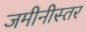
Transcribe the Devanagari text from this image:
जमीनीस्तर